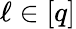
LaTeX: \ell\in[q]